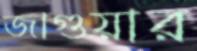
জাগুয়ার